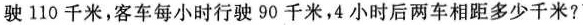
驶110千米，客车每小时行驶90千米，4小时后两车相距多少千米?